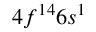
4 f ^ { 1 4 } 6 s ^ { 1 }